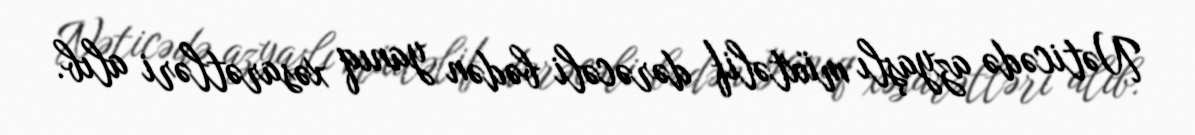
Nəticədə azyaşlı müxtəlif dərəcəli bədən yanıq xəsarətləri alıb.